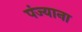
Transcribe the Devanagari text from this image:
पंज्याना